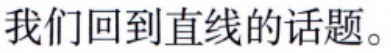
我们回到直线的话题。